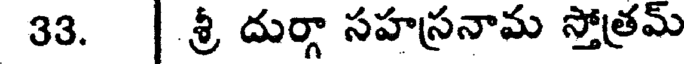
33. | శ్రీ దుర్గా సహస్రనామ స్తోత్రమ్